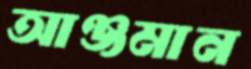
আঞ্জমান